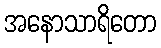
အနောသာရိတော